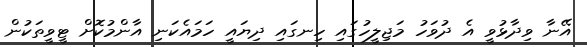
އޭނާ ވިދާޅުވީ އެ ދުވަހު މަޖިލީހުގައި ހިނގައި ދިޔައީ ހަމައެކަނި އާންމުކޮށް ޓީވީތަކުން